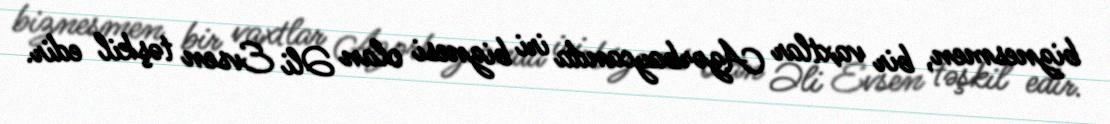
biznesmen, bir vaxtlar Azərbaycanda iri biznesi olan Əli Evsen təşkil edir.